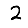
Digit: 2